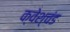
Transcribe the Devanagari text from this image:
क्वेश्चंड